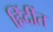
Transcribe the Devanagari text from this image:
हिंदींत